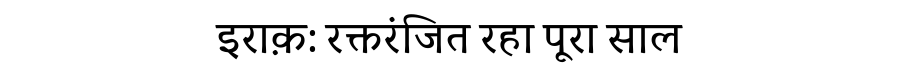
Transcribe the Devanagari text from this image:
इराक़: रक्तरंजित रहा पूरा साल